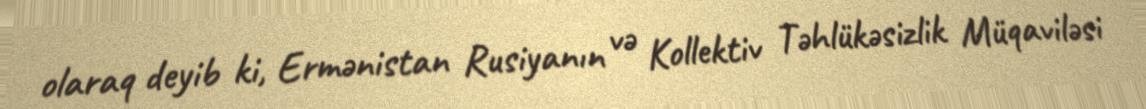
olaraq deyib ki, Ermənistan Rusiyanın və Kollektiv Təhlükəsizlik Müqaviləsi